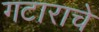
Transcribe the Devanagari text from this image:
गटाराचे